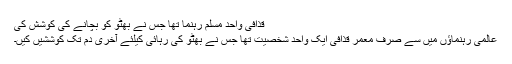
قذافی واحد مسلم رہنما تھا جس نے بھٹو کو بچانے کی کوشش کی
عالمی رہنماؤں میں سے صرف معمر قذافی ایک واحد شخصیت تھا جس نے بھٹو کی رہائی کیلئے آخری دم تک کوششیں کیں۔